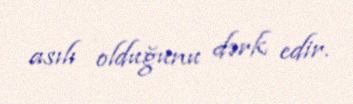
asılı olduğunu dərk edir.